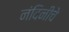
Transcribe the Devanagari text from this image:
नंदिनीचे